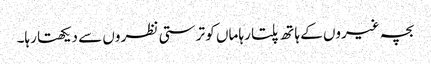
بچہ غیروں کے ہا تھ پلتا رہا ماں کو تر ستی نظر وں سے دیکھتا رہا۔